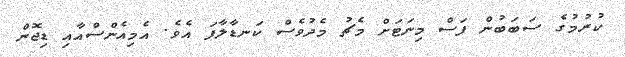
ކުރުމުގެ ސަބަބުން ފަސް މިނަޓަށް މެޗު މެދުވެސް ކަނޑާލާފަ އެވެ. އެމިއެންސްއާއި ޑިޖޮން